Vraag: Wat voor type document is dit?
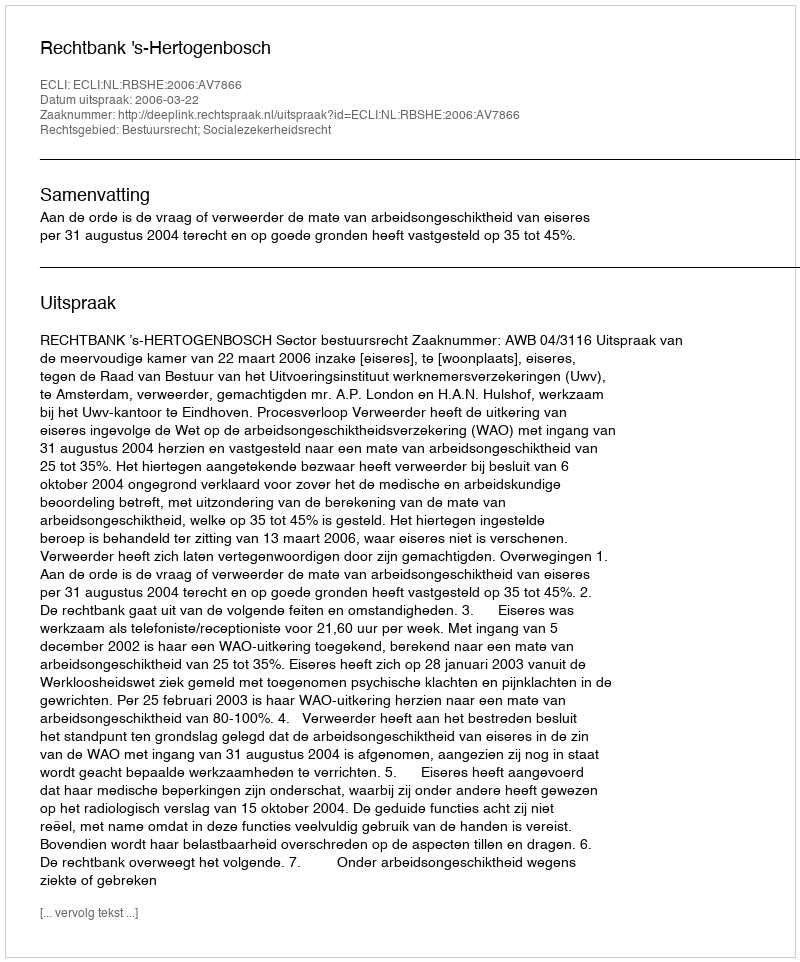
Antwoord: Uitspraak